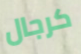
كرجال